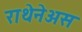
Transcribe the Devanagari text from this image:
राथेनेअस